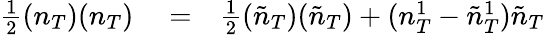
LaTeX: \begin{array}{rlr}{\frac{1}{2}(n_{T})(n_{T})}&{{}=}&{\frac{1}{2}(\tilde{n}_{T})(\tilde{n}_{T})+(n_{T}^{1}-\tilde{n}_{T}^{1})\tilde{n}_{T}}\end{array}